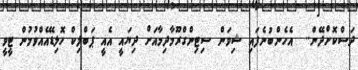
ދަސްކޮށްދޭން..  އެހެންބުނެފައި ޝިވަން ސިޓިންގްރޫމާދިމާއަށް ދިޔައީ އެއީ ޕަބްލިކް ހޮލިޑޭއެއްވުމުން ޓީވީ